Vaccine operations Central Provinces 1868-1885 - 1868-1885
Year: 1868
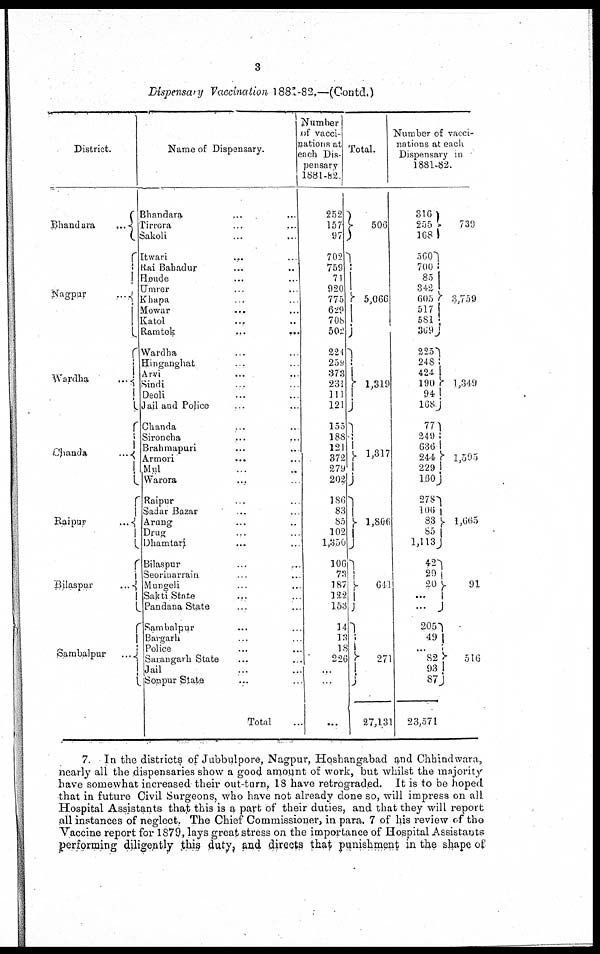
3
Dispensary Vaccination 1881-82.—(Contd.)
District.
Bhandara...
Nagpur...
Wardha...
Chanda
...
Raipur...
Bilaspur...
Sambalpur
...
Name of Dispensary.
Bhandara ... ...
Dirrora ... ...
Sakoli ... ...
Itwari ... ...
Rai Bahadur ... ...
Heude ... ...
Umrer
... ...
Khapa ... ...
Mowar...
...
Katol ... ...
Ramtek...
...
Wardha ... ...
Hinganghat ... ...
Arvi ... ...
Sindi ... ...
Deoli ... ...
Jail and Police ... ...
Chand ... ...
Sironcha ... ...
Brahmapuri ... ...
Armori ... ...
Mul ... ...
Warora ... ...
Raipur ... ...
Sadar Bazar ...
Arung ... ...
Drug ... ...
Dhamtari ... ...
Bilaspur ... ...
Seorinarrain ... ...
Mungeli ... ...
Sakti State ... ...
Pandana State ... ...
Sambalpur ... ...
Bargarh ... ...
Police ... ...
Sarangarh State ... ...
Jail ...
Sonpur State ... ...
Total ...
Number
of vacci¬
nations at
each Dis¬
pensary
1881-82
252
157
97
702
759
71
920
775
629
708
502
224
259
373
231
111
121
155
188
121
372
279
202
186
83
85
102
1,350
106
73
187
122
153
14
13
18
226
...
...
...
Total.
506
5,066
1,319
1,317
1,806
641
271
27,131
Number of vacci-
nations at each
Dispensary in
1881-82.
316
255
168
560
700
85
342
605
517
581
369
225
248
424
190
94
168
77
249
636
244
229
160
278
106
83
85
1,113
42
29
20
...
...
205
49
...
82
93
87
23,571
739
3,759
1,349
1,595
1,665
91
516
7. In the districts of Jubbulpore, Nagpur, Hoshangabad and Chhindwara,
nearly all the dispensaries show a good amount of work, but whilst the majority
have somewhat increased their out-turn, 18 have retrograded. It is to be hoped
that in future Civil Surgeons, who have not already done so, will impress on all
Hospital Assistants that this is a part of their duties, and that they will report
all instances of neglect. The Chief Commissioner, in para. 7 of his review of the
Vaccine report for 1879, lays great stress on the importance of Hospital Assistants
performing diligently this duty, and directs that punishment in the shape of